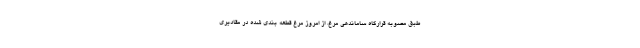
طبق مصوبه قرارگاه ساماندهی مرغ، از امروز مرغ قطعه بندی شده در مقادیری